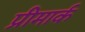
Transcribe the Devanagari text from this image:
प्रीमार्क